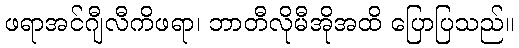
ဖရာအင်ဂျီလီကိဖရာ၊ ဘာတီလိုမီအိုအထိ ပြောပြသည်။